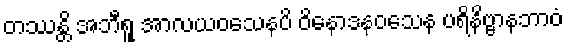
တဿန္တိ အဘီရူ အာလယဝသေနပိ ဝိနောဒနဝသေန ပရိနိဗ္ဗာနဘာဝံ